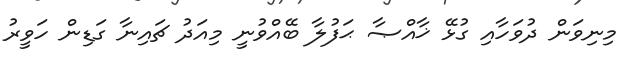
މިނިވަން ދުވަހާއި ގުޅޭ ޚާއްޞާ ޙަފުލާ ބޭއްވުނީ މިއަދު ޗައިނާ ގަޑިން ހަވީރު